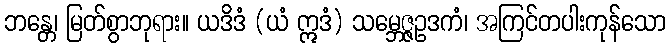
ဘန္တေ၊ မြတ်စွာဘုရား။ ယဒိဒံ (ယံ ဣဒံ) သမ္ဘေဇ္ဇဥဒကံ၊ အကြင်တပါးကုန်သော